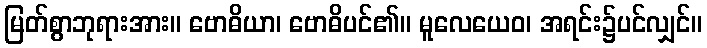
မြတ်စွာဘုရားအား။ ဗောဓိယာ၊ ဗောဓိပင်၏။ မူလေယေဝ၊ အရင်း၌ပင်လျှင်။